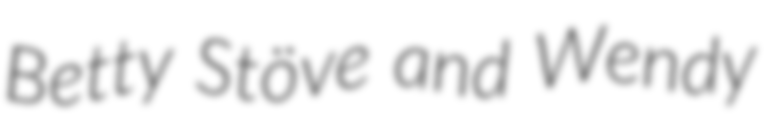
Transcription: Betty Stöve and Wendy